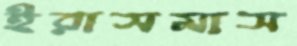
ইরাসমাস